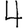
Digit: 4